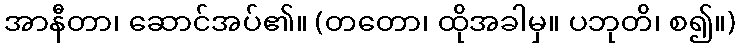
အာနီတာ၊ ဆောင်အပ်၏။ (တတော၊ ထိုအခါမှ။ ပဘုတိ၊ စ၍။)